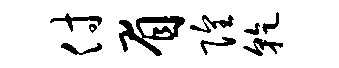
付眉隍干